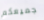
جميعكم